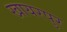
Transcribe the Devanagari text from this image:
खायरपुर